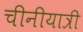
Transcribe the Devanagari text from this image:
चीनीयात्री